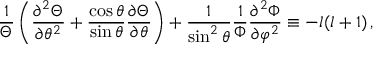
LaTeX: { \frac { 1 } { \Theta } } \left( { \frac { \partial ^ { 2 } \Theta } { \partial \theta ^ { 2 } } } + { \frac { \cos \theta } { \sin \theta } } { \frac { \partial \Theta } { \partial \theta } } \right) + { \frac { 1 } { \sin ^ { 2 } \theta } } { \frac { 1 } { \Phi } } { \frac { \partial ^ { 2 } \Phi } { \partial \varphi ^ { 2 } } } \equiv - l ( l + 1 ) \, ,